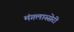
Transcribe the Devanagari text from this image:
मंगलास्सेरी